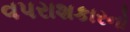
વપરાશકારનો